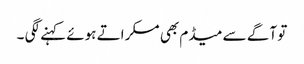
تو آگے سے میڈم بھی مسکراتے ہوئے کہنے لگی ۔